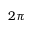
2 \pi